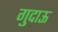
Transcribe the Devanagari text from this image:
गुदाऊ